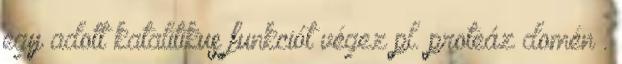
egy adott katalitikus funkciót végez pl. proteáz domén .